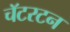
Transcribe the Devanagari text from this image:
चॅटरटन